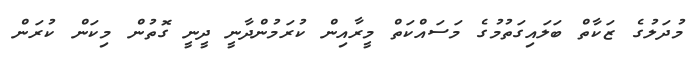
މުދަލުގެ ޒަކާތް ބަލައިގަތުމުގެ މަސައްކަތް މީރާއިން ކުރަމުންދާނީ ދީނީ ގޮތުން މިކަން ކުރަން